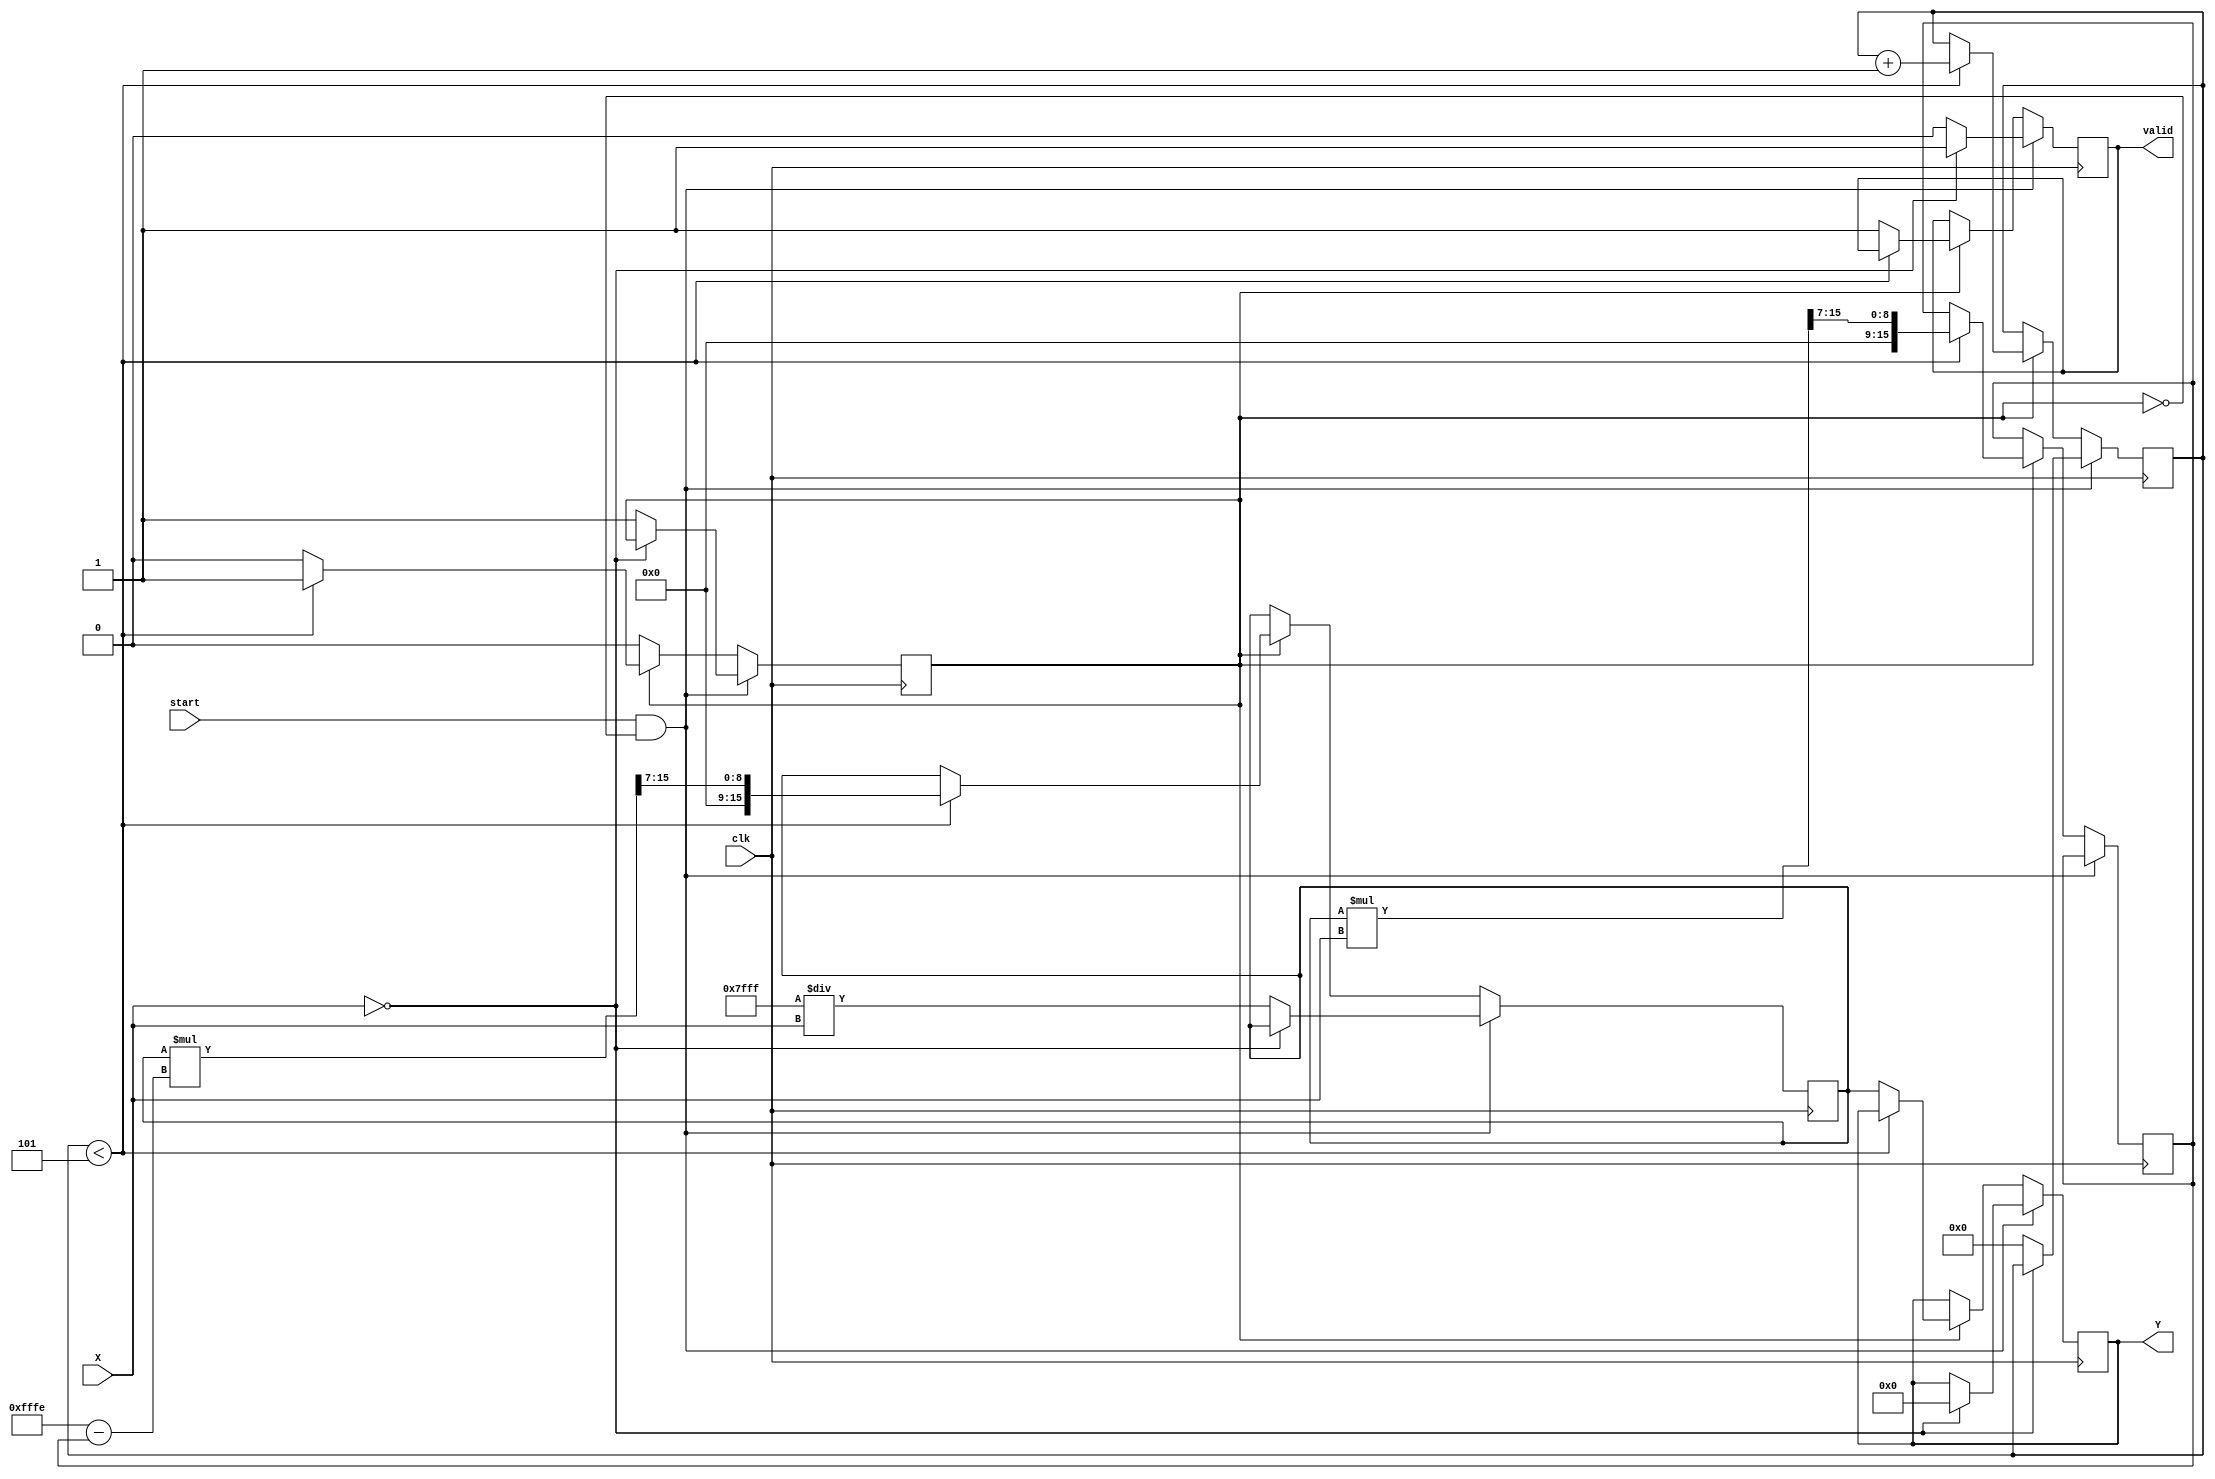
module FixedPointReciprocal #(
    parameter N = 16,  // Total number of bits
    parameter M = 8    // Number of integer bits
)(
    input  wire [N-1:0] X,   // Input data (Qm.n)
    input  wire clk,          // Clock signal
    input  wire start,        // Start signal for computation
    output reg  [N-1:0] Y,    // Output data (Qm.n)
    output reg  valid         // Output valid signal
);

    // Internal parameters
    localparam N_FRACTIONAL = N - M - 1; // Number of fractional bits
    localparam MAX_ITERATIONS = 5; // Maximum number of iterations for convergence

    // Internal signals
    reg [N-1:0] reciprocal; // Current estimate of the reciprocal
    reg [N-1:0] temp;       // Temporary variable for calculations
    reg [3:0] iteration;    // Iteration counter
    reg computing;          // Flag for computing state

    // Initial block
    initial begin
        Y = 0;
        valid = 0;
        reciprocal = 0;
        iteration = 0;
        computing = 0;
    end

    // Fixed-point multiplication
    function [N-1:0] fixed_point_mult;
        input [N-1:0] a;
        input [N-1:0] b;
        begin
            fixed_point_mult = (a * b) >> N_FRACTIONAL; // Shift right to maintain Qm.n format
        end
    endfunction

    // Reciprocal computation process
    always @(posedge clk) begin
        if (start && !computing) begin
            // Start the computation
            if (X == 0) begin
                Y <= 0; // Handle zero input case
                valid <= 1;
            end else begin
                // Initialize for Newton-Raphson method
                reciprocal <= {1'b0, {N-1{1'b1}}} / X; // Initial guess (1/X)
                iteration <= 0;
                computing <= 1;
                valid <= 0;
            end
        end else if (computing) begin
            if (iteration < MAX_ITERATIONS) begin
                // Newton-Raphson iteration: x[n+1] = x[n] * (2 - x[n] * X)
                temp <= fixed_point_mult(reciprocal, X); // temp = reciprocal * X
                reciprocal <= fixed_point_mult(reciprocal, (2 * {1'b0, {N-1{1'b1}}} - temp)); // Update reciprocal
                iteration <= iteration + 1;
            end else begin
                // Finished computation
                Y <= reciprocal;
                valid <= 1;
                computing <= 0;
            end
        end
    end

endmodule